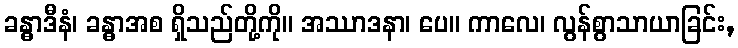
ခန္ဓာဒီနံ၊ ခန္ဓာအစ ရှိသည်တို့ကို။ အဿာဒနာ၊ ပေ။ ကာလေ၊ လွန်စွာသာယာခြင်း,